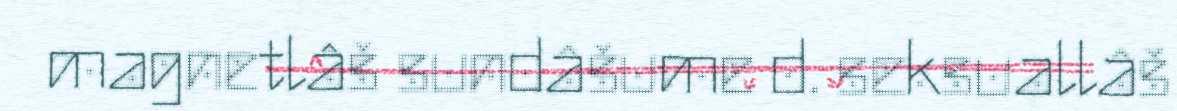
magnetlâš sundâšume d. seksuallâš